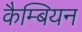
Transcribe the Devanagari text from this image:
कैम्बियन